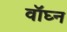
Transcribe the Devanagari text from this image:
वॉघ्न